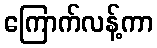
ကြောက်လန့်ကာ